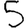
Digit: 5